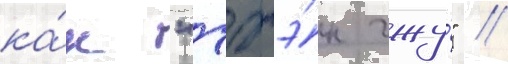
ка́к "чжэ́н чжу́" //